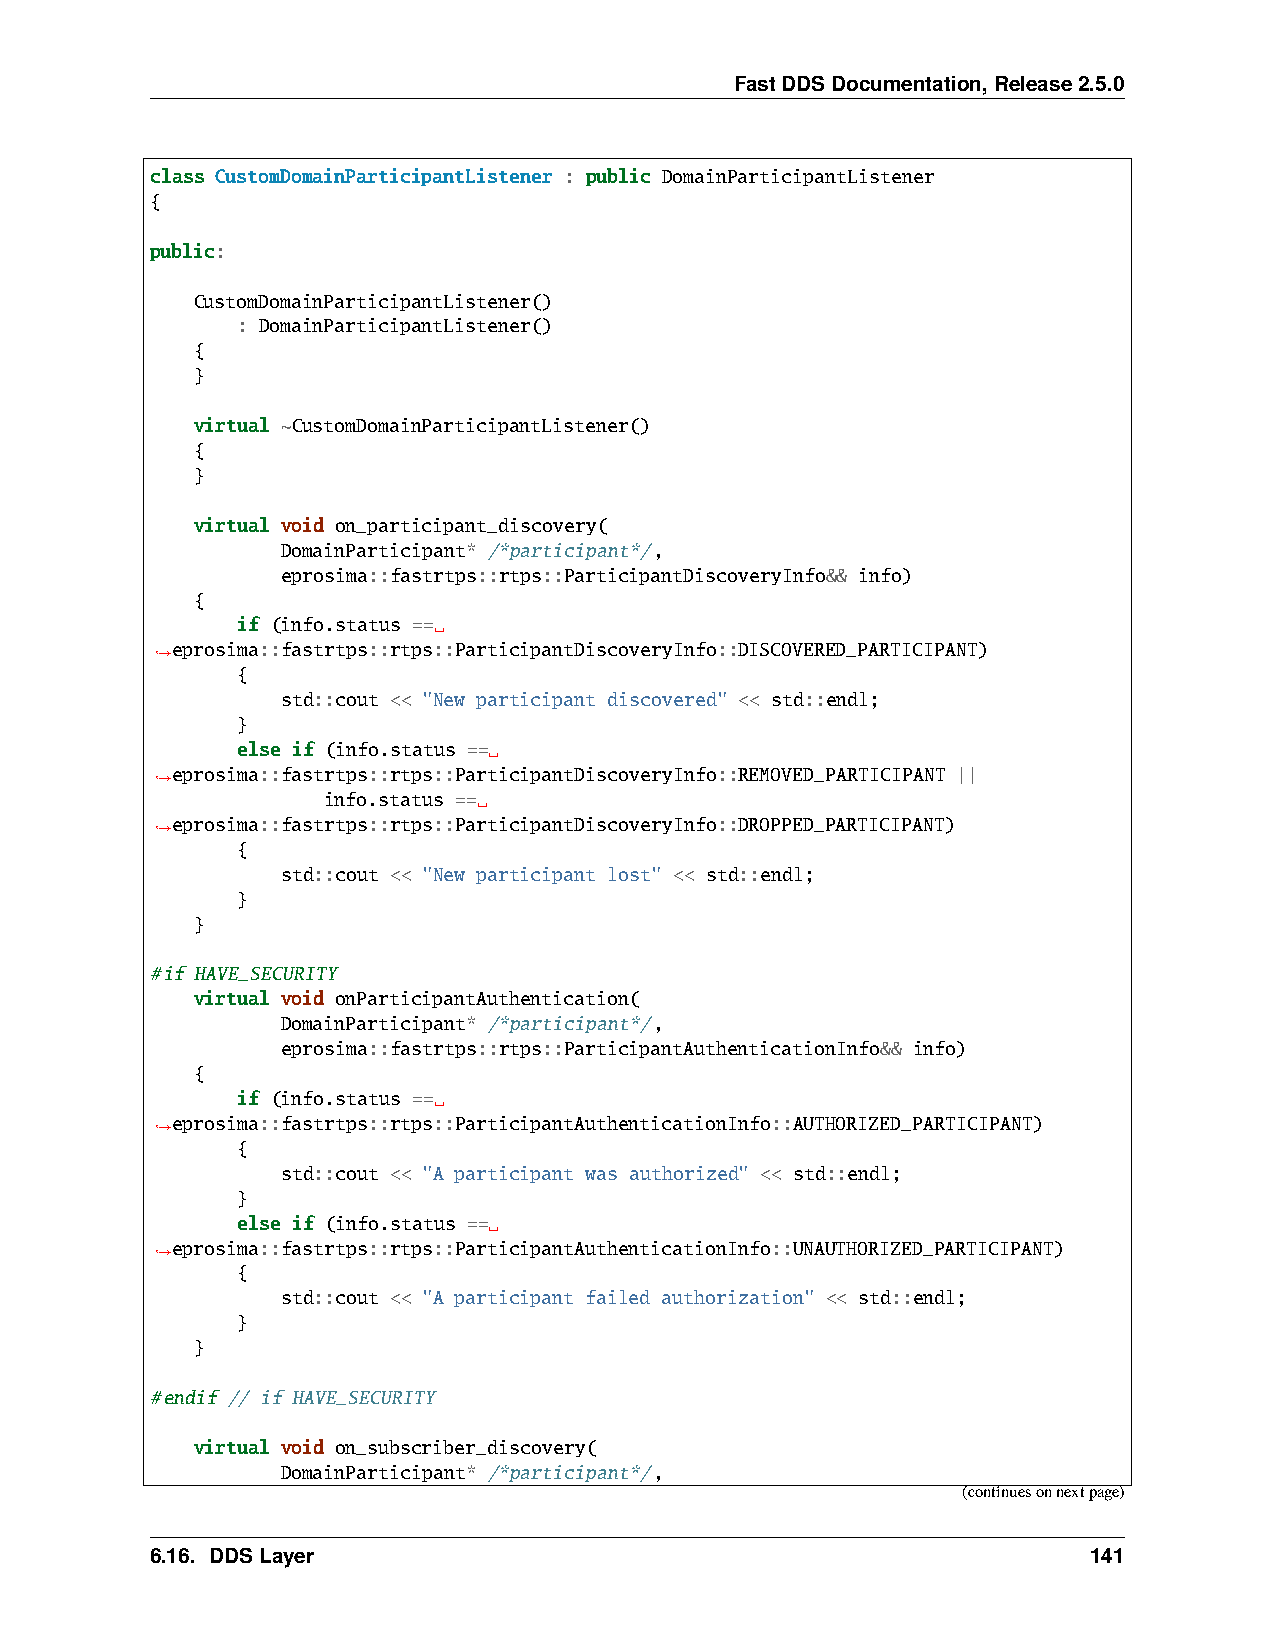
FastDDSDocumentation,Release2.5.0
 class CustomDomainParticipantListener : public DomainParticipantListener
 {
 public:
 CustomDomainParticipantListener()
 : DomainParticipantListener()
 {
 }
 virtual ~CustomDomainParticipantListener()
 {
 }
 virtual void on_participant_discovery(
 DomainParticipant* /*participant*/,
 eprosima::fastrtps::rtps::ParticipantDiscoveryInfo&& info)
 {
 if (info.status ==␣
 eprosima::fastrtps::rtps::ParticipantDiscoveryInfo::DISCOVERED_PARTICIPANT)
 ˓→
 {
 std::cout << "New participant discovered" << std::endl;
 }
 else if (info.status ==␣
 eprosima::fastrtps::rtps::ParticipantDiscoveryInfo::REMOVED_PARTICIPANT ||
 ˓→
 info.status ==␣
 eprosima::fastrtps::rtps::ParticipantDiscoveryInfo::DROPPED_PARTICIPANT)
 ˓→
 {
 std::cout << "New participant lost" << std::endl;
 }
 }
 #if HAVE_SECURITY
 virtual void onParticipantAuthentication(
 DomainParticipant* /*participant*/,
 eprosima::fastrtps::rtps::ParticipantAuthenticationInfo&& info)
 {
 if (info.status ==␣
 eprosima::fastrtps::rtps::ParticipantAuthenticationInfo::AUTHORIZED_PARTICIPANT)
 ˓→
 {
 std::cout << "A participant was authorized" << std::endl;
 }
 else if (info.status ==␣
 eprosima::fastrtps::rtps::ParticipantAuthenticationInfo::UNAUTHORIZED_PARTICIPANT)
 ˓→
 {
 std::cout << "A participant failed authorization" << std::endl;
 }
 }
 #endif // if HAVE_SECURITY
 virtual void on_subscriber_discovery(
 DomainParticipant* /*participant*/,
 (continuesonnextpage)
 6.16. DDSLayer                                                141